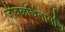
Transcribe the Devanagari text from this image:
जीवकचिंतामणि